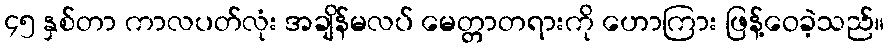
၄၅ နှစ်တာ ကာလပတ်လုံး အချိန်မလပ် မေတ္တာတရားကို ဟောကြား ဖြန့်ဝေခဲ့သည်။